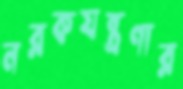
নরকযন্ত্রণার